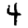
Digit: 4